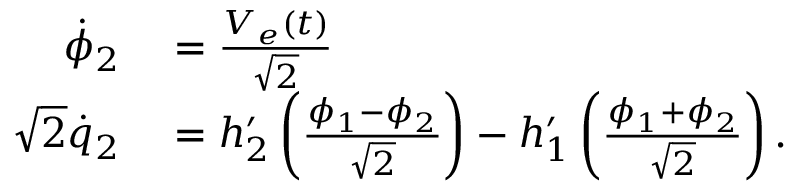
\begin{array} { r l } { \dot { \phi } _ { 2 } } & { { } = \frac { V _ { e } ( t ) } { \sqrt { 2 } } } \\ { \sqrt { 2 } \dot { q } _ { 2 } } & { { } = h _ { 2 } ^ { \prime } \left( \frac { \phi _ { 1 } - \phi _ { 2 } } { \sqrt { 2 } } \right) - h _ { 1 } ^ { \prime } \left( \frac { \phi _ { 1 } + \phi _ { 2 } } { \sqrt { 2 } } \right) . } \end{array}